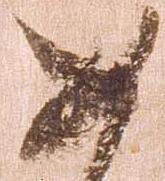
如